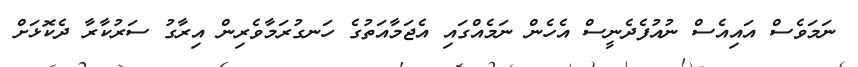
ނަމަވެސް އައިއެސް ނުއުފެދެނީސް އެހެން ނަމެއްގައި އެޖަމާއަތުގެ ހަނގުރަމާވެރިން އިރާގު ސަރުކާރާ ދެކޮޅަށް